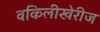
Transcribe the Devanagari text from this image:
वकिलीखेरीज